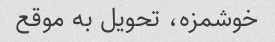
خوشمزه، تحویل به موقع